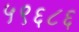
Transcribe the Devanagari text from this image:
५९६८६